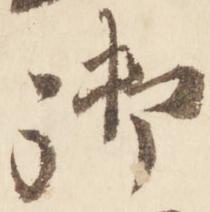
御